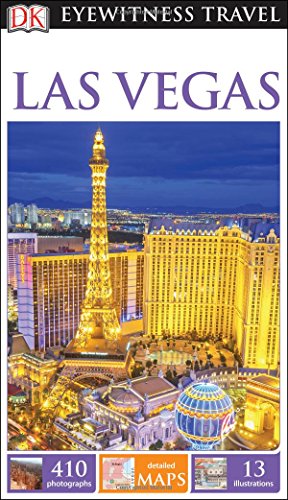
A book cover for DK Eyewitness Travel Guide: Las Vegas; DK Publishing; Travel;